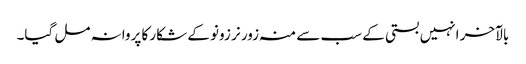
بالآخر انہیں بستی کے سب سے منہ زور نر زونو کے شکار کا پروانہ مل گیا۔